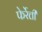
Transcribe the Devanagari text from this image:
फेर्रेत्ती